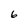
Character: 6